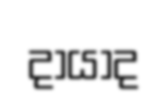
දායාද